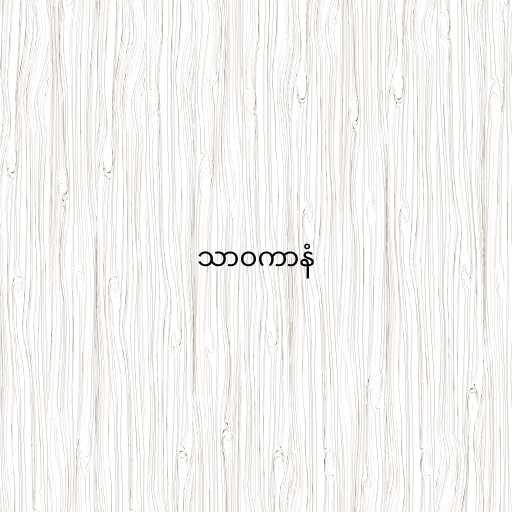
သာဝကာနံ